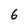
Character: 6